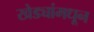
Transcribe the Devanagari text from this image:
खेड्यांमधून